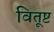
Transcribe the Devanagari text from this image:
वितूष्ट